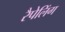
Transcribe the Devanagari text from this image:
रैपेलिंग